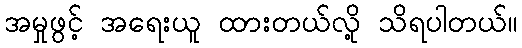
အမှုဖွင့် အရေးယူ ထားတယ်လို့ သိရပါတယ်။